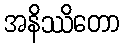
အနိဿိတော